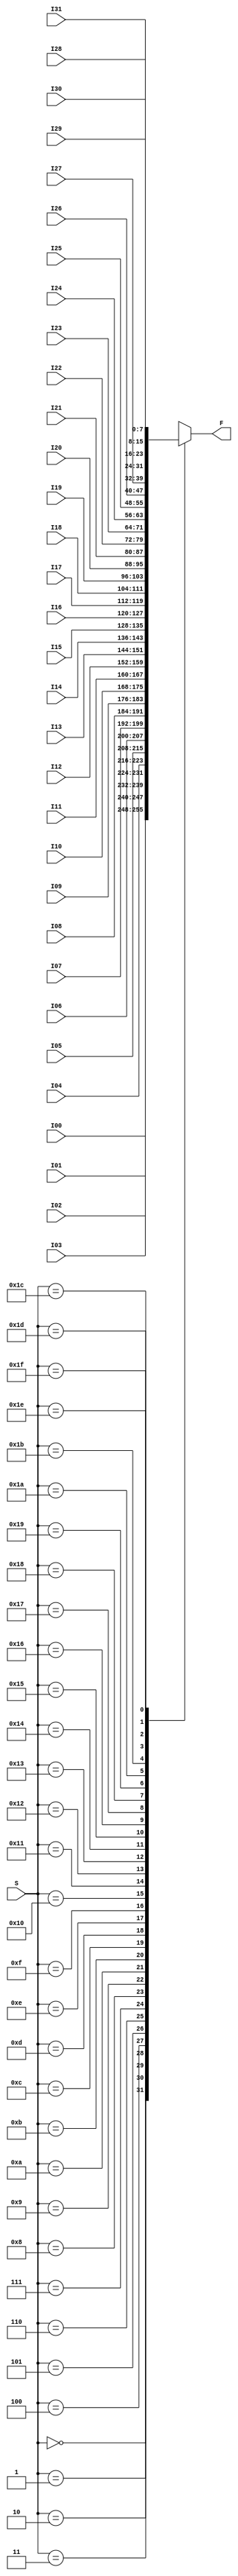
module Mux32to1Nbit(F, S, I00, I01, I02, I03, I04, I05, I06, I07, I08, I09,
		I10, I11, I12, I13, I14, I15, I16, I17, I18, I19,
	        I20, I21, I22, I23, I24, I25, I26, I27, I28, I29,
		I30, I31);

	parameter n = 8;
	output reg [n-1:0]F; // output
	input [4:0]S; // select
	input [n-1:0]I00, I01, I02, I03, I04, I05, I06, I07, I08, I09;
	input [n-1:0]I10, I11, I12, I13, I14, I15, I16, I17, I18, I19;
	input [n-1:0]I20, I21, I22, I23, I24, I25, I26, I27, I28, I29;
	input [n-1:0]I30, I31;
	
	always @(*) begin
		case(S)
			5'h00: F <= I00;
			5'h01: F <= I01;
			5'h02: F <= I02;
			5'h03: F <= I03;
			5'h04: F <= I04;
			5'h05: F <= I05;
			5'h06: F <= I06;
			5'h07: F <= I07;
			5'h08: F <= I08;
			5'h09: F <= I09;
			5'h0A: F <= I10;
			5'h0B: F <= I11;
			5'h0C: F <= I12;
			5'h0D: F <= I13;
			5'h0E: F <= I14;
			5'h0F: F <= I15;
			5'h10: F <= I16;
			5'h11: F <= I17;
			5'h12: F <= I18;
			5'h13: F <= I19;
			5'h14: F <= I20;
			5'h15: F <= I21;
			5'h16: F <= I22;
			5'h17: F <= I23;
			5'h18: F <= I24;
			5'h19: F <= I25;
			5'h1A: F <= I26;
			5'h1B: F <= I27;
			5'h1C: F <= I28;
			5'h1D: F <= I29;
			5'h1E: F <= I30;
			5'h1F: F <= I31;
		endcase
	end
endmodule